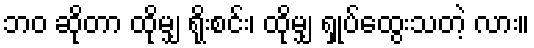
ဘဝ ဆိုတာ ထိုမျှ ရိုးစင်း၊ ထိုမျှ ရှုပ်ထွေးသတဲ့ လား။